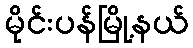
မိုင်းပန်မြို့နယ်